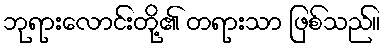
ဘုရားလောင်းတို့၏ တရားသာ ဖြစ်သည်။